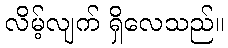
လိမ့်လျက် ရှိလေသည်။